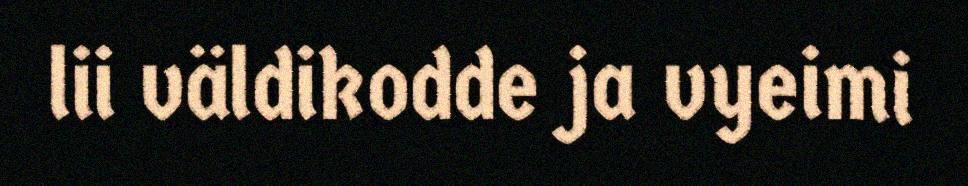
lii väldikodde ja vyeimi